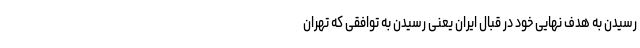
رسیدن به هدف نهایی خود در قبال ایران یعنی رسیدن به توافقی که تهران